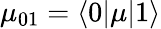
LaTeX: \mu_{01}=\langle 0\vert\mu\vert 1\rangle